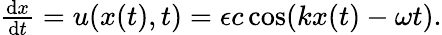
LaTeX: \begin{array}{r}{\frac{\mathrm{d}x}{\mathrm{d}t}=u(x(t),t)=\epsilon c\cos(kx(t)-\omega t).}\end{array}